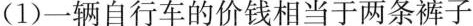
（1）一辆自行车的价钱相当于两条裤子